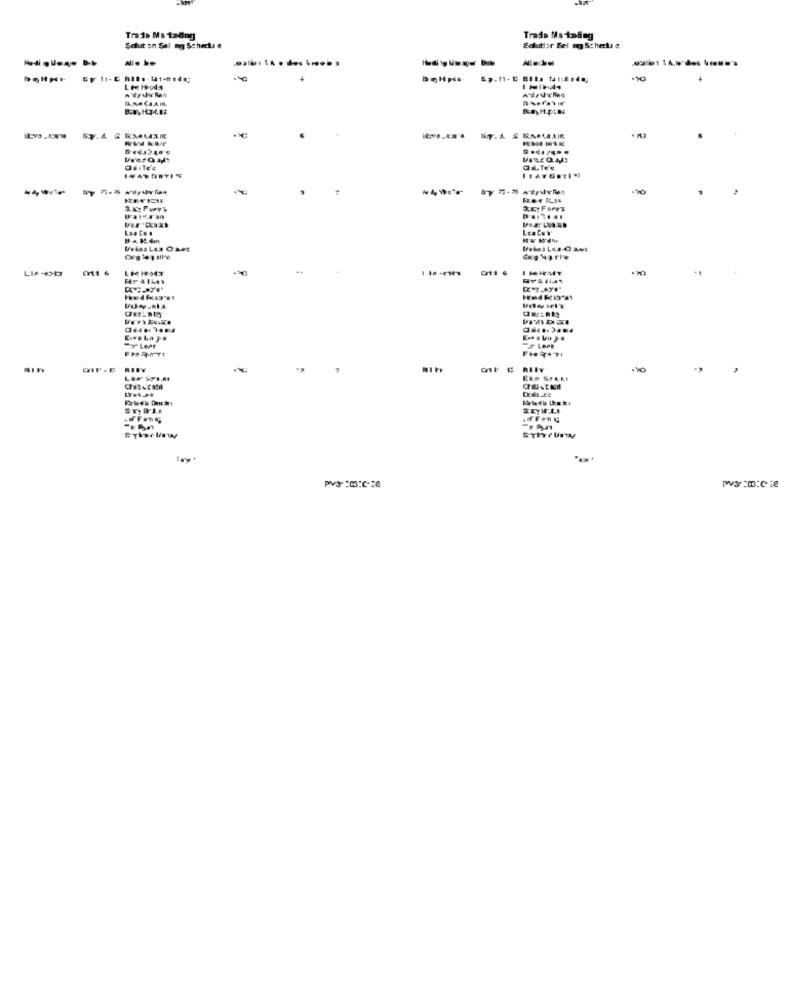
Trade Ma tedng
Trade Ma todeg
Salut sn Sel ng Schecks a
Salutior Sel mg Schert e
.10
3.x: FwVE
Las Ce #
LICHNY
-
Por Leer
FIRINTI
ERINT
,
pv3 :00:0-28